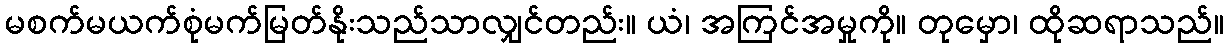
မစက်မယက်စုံမက်မြတ်နိုးသည်သာလျှင်တည်း။ ယံ၊ အကြင်အမှုကို။ တုမှော၊ ထိုဆရာသည်။